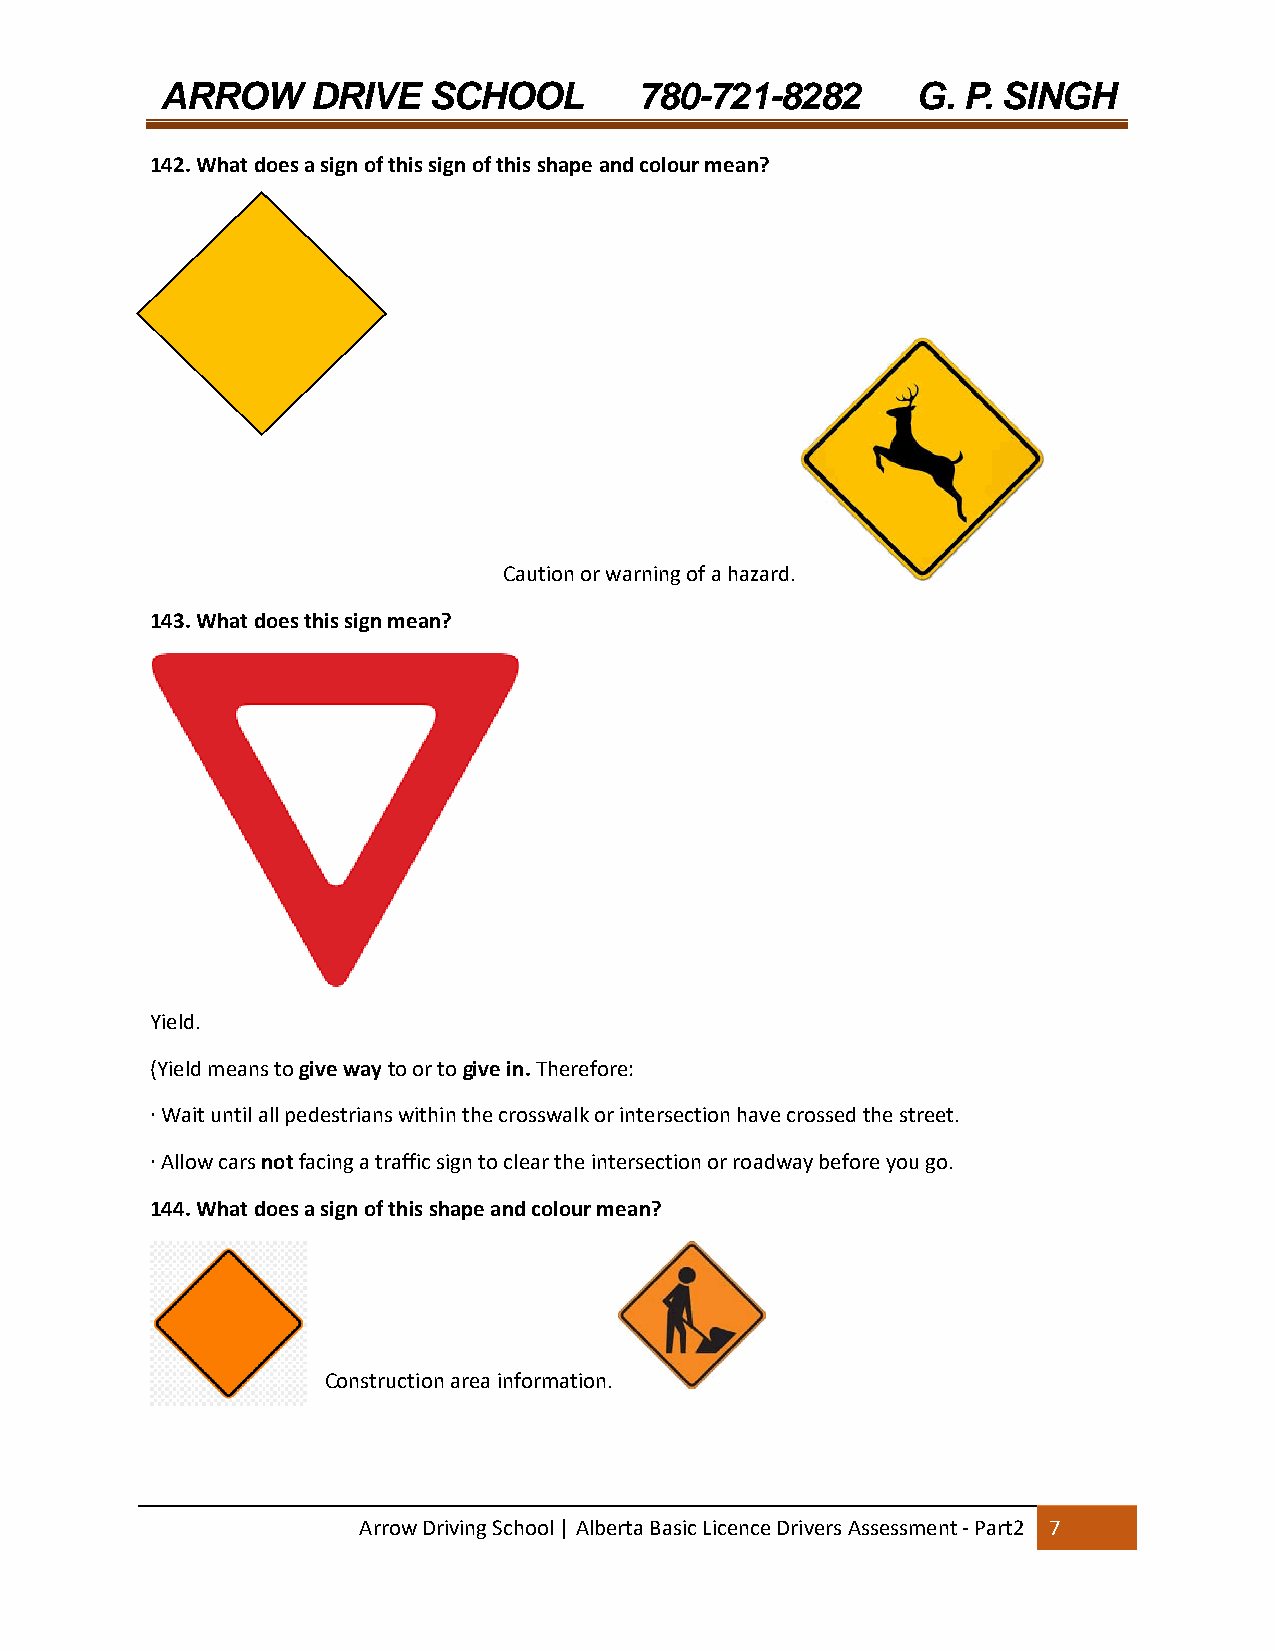
ARROW     DRIVE  SCHOOL        780-721-8282       G. P. SINGH
 142. What does a sign of this sign of this shape and colour mean?
 Caution or warning of a hazard.
 143. What does this sign mean?
 Yield.
 (Yield means to give way to or to give in. Therefore:
 ∙ Wait until all pedestrians within the crosswalk or intersection have crossed the street.
 ∙ Allow cars not facing a traffic sign to clear the intersection or roadway before you go.
 144. What does a sign of this shape and colour mean?
 Construction area information.
 Arrow Driving School | Alberta Basic Licence Drivers Assessment ‐ Part2 7